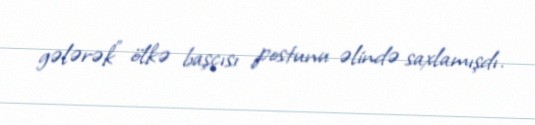
gələrək” ölkə başçısı postunu əlində saxlamışdı.